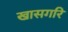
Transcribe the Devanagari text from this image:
खासगरि